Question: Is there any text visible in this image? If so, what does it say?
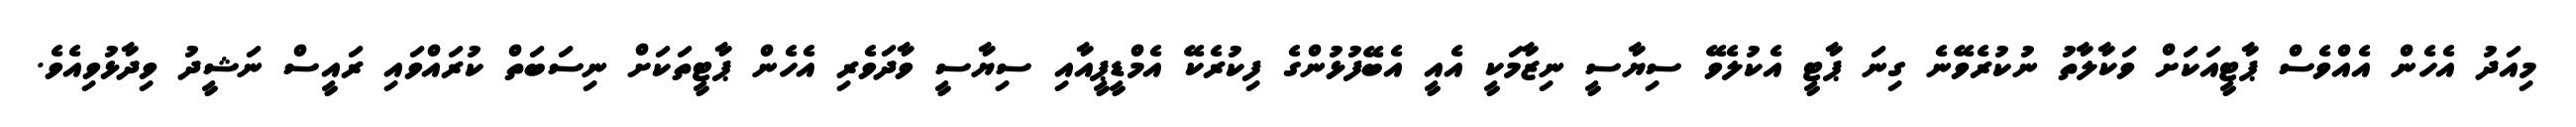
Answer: މިއަދު އެހެން އެއްވެސް ޕާޓީއަކަށް ވަކާލާތު ނުކުރެވޭނެ ގިނަ ޕާޓީ އެކުލެވޭ ސިޔާސީ ނިޒާމަކީ އެއީ އެބޭފުޅުންގެ ފިކުރެކޭ އެމްޑީޕީއާއި ސިޔާސީ ވާދަވެރި އެހެން ޕާޓީތަކަށް ނިސަބަތް ކުރައްވައި ރައީސް ނަޝީދު ވިދާޅުވިއެވެ.